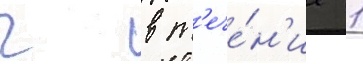
ч в т'ече́н'ие 1